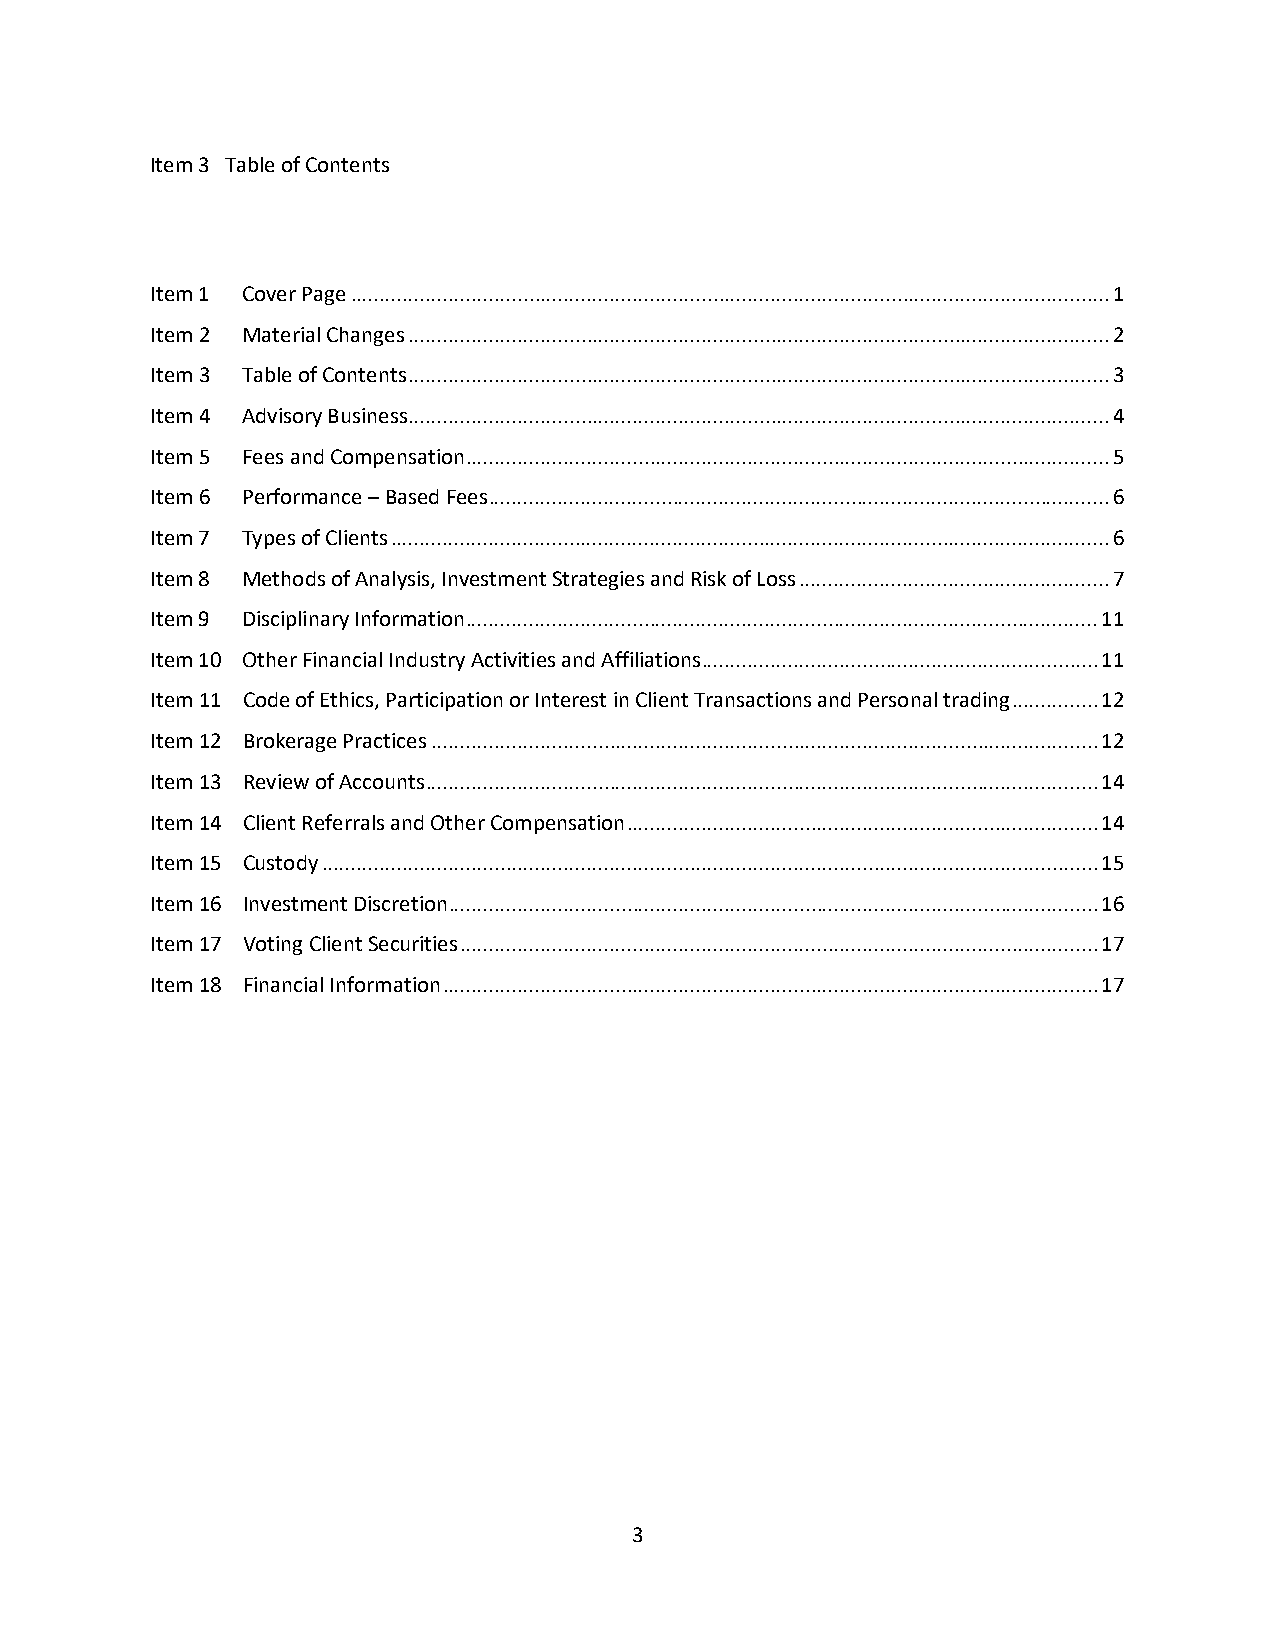
Item 3 Table of Contents
 Item 1 Cover Page .................................................................................................................................... 1
 Item 2 Material Changes .......................................................................................................................... 2
 Item 3 Table of Contents .......................................................................................................................... 3
 Item 4 Advisory Business .......................................................................................................................... 4
 Item 5 Fees and Compensation ................................................................................................................ 5
 Item 6 Performance – Based Fees ............................................................................................................ 6
 Item 7 Types of Clients ............................................................................................................................. 6
 Item 8 Methods of Analysis, Investment Strategies and Risk of Loss ...................................................... 7
 Item 9 Disciplinary Information .............................................................................................................. 11
 Item 10 Other Financial Industry Activities and Affiliations ..................................................................... 11
 Item 11 Code of Ethics, Participation or Interest in Client Transactions and Personal trading ............... 12
 Item 12 Brokerage Practices .................................................................................................................... 12
 Item 13 Review of Accounts ..................................................................................................................... 14
 Item 14 Client Referrals and Other Compensation .................................................................................. 14
 Item 15 Custody ....................................................................................................................................... 15
 Item 16 Investment Discretion ................................................................................................................. 16
 Item 17 Voting Client Securities ............................................................................................................... 17
 Item 18 Financial Information .................................................................................................................. 17
 3